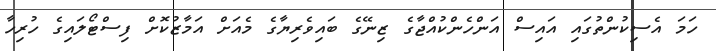
ހަމަ އެސިކުންތުގައި އައިސް އަންހެންކުއްޖާގެ ޒިނޭގެ ބައިވެރިޔާގެ މެއަށް އަމާޒުކޮށް ފިސްޓޯލައިގެ ހުރިހާ